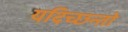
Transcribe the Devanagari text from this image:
यदिच्छन्तो